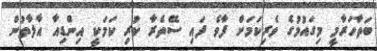
ބަތާހަރާމީ މިގައުމުގެ ވެރިކަމަށް ފާވެ ފައި ސޭތެރާ ކުރި ކަމަކީ އިންޑިއާ އާލާތުން